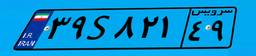
۳۹S۸۲۱۴۹